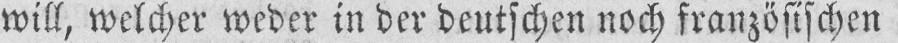
will, welcher weder in der deutschen noch französischen